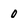
Character: o